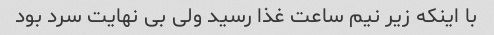
با اینکه زیر نیم ساعت غذا رسید ولی بی نهایت سرد بود